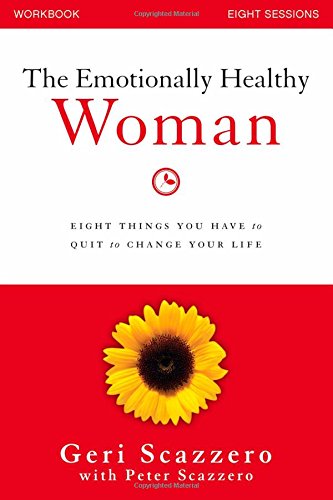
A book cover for The Emotionally Healthy Woman Workbook: Eight Things You Have to Quit to Change Your Life; Geri Scazzero; Christian Books & Bibles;